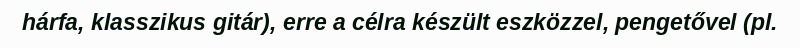
hárfa, klasszikus gitár), erre a célra készült eszközzel, pengetővel (pl.